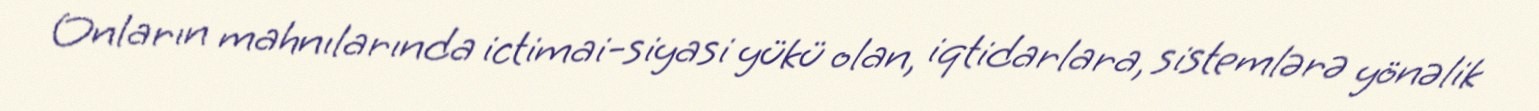
Onların mahnılarında ictimai-siyasi yükü olan, iqtidarlara, sistemlərə yönəlik